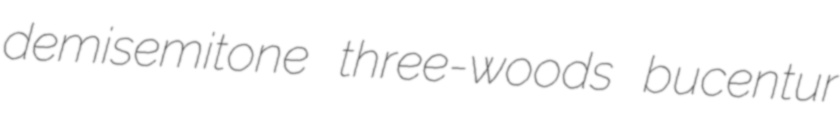
demisemitone three-woods bucentur